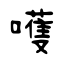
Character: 嚄